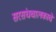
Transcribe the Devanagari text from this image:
सरसंघचालकाचे